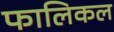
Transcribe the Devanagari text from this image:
फालिकल